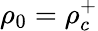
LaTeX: \rho_{0}=\rho_{c}^{+}